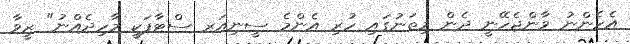
އެހެންނު ވާންޖެހޭނީ ދެން މިތަނުގައި ހުރި އެންމެ ސީނިއަރ ސްޓާފަކީ މާހިދެއްނު" ޒީވާ